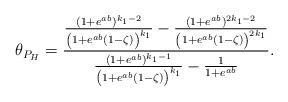
LaTeX: \begin{align*} \theta_{P_H} = \frac{\frac{(1+e^{ab})^{k_1-2}}{\left(1+e^{ab}\left(1-\zeta\right)\right)^{k_1}}-\frac{(1+e^{ab})^{2k_1-2}}{\left(1+e^{ab}\left(1-\zeta\right)\right)^{2k_1}}}{ \frac{(1+e^{ab})^{k_1-1}}{\left(1+e^{ab}\left(1-\zeta\right)\right)^{k_1}}-\frac{1}{1+e^{ab}}} .\end{align*}